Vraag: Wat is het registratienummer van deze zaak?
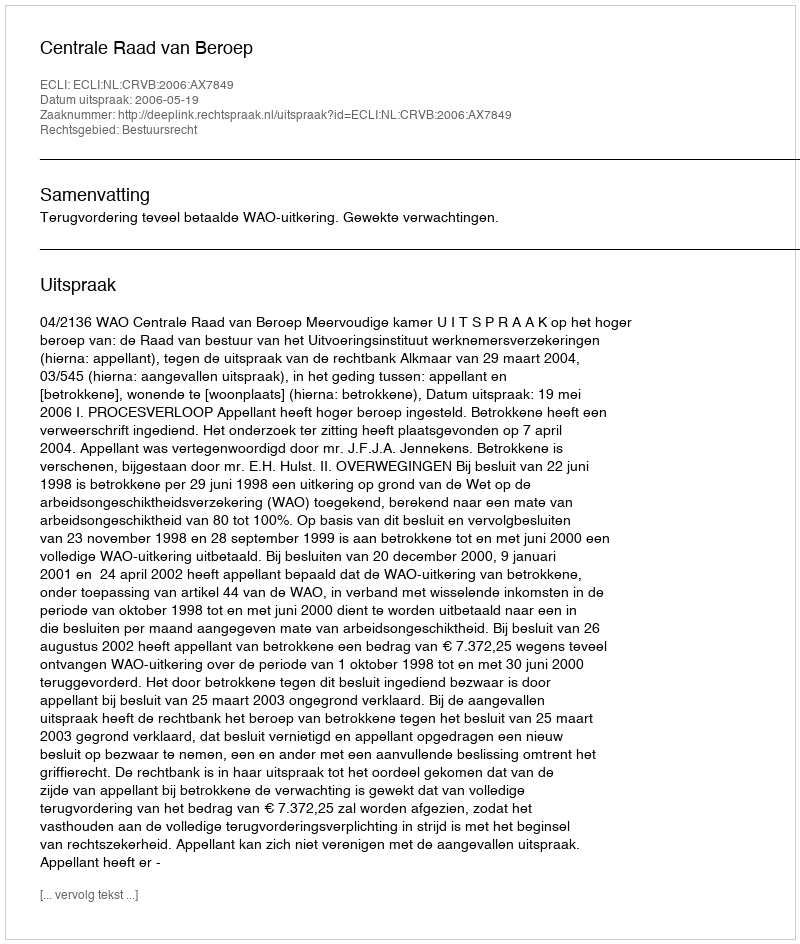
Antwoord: http://deeplink.rechtspraak.nl/uitspraak?id=ECLI:NL:CRVB:2006:AX7849